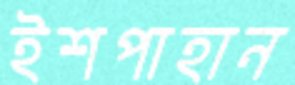
ইশপাহান